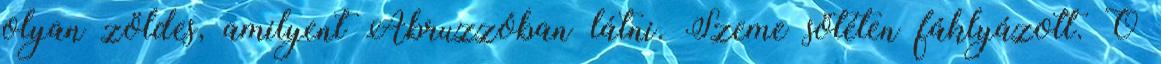
olyan zöldes, amilyent Abruzzóban látni. Szeme sötéten fáklyázott. Ő